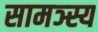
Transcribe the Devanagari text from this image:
सामञ्स्य